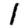
Digit: 1